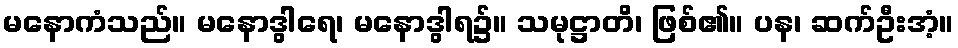
မနောကံသည်။ မနောဒွါရေ၊ မနောဒွါရ၌။ သမုဋ္ဌာတိ၊ ဖြစ်၏။ ပန၊ ဆက်ဦးအံ့။